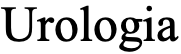
Urologia